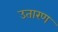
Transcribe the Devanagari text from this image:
उतारण